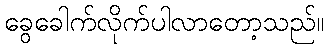
ခွေခေါက်လိုက်ပါလာတော့သည်။